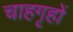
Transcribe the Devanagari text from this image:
चाहगृहों